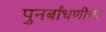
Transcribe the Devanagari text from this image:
पुनर्बांधणीची